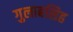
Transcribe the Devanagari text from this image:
गुलाबसिह